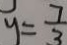
y = \frac { 7 } { 3 }